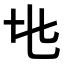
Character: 𬼙